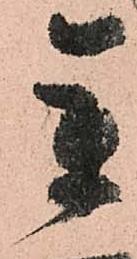
参